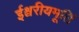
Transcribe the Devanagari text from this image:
ईश्वरीयमूर्ति